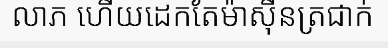
លាភ ហើយដេកតែម៉ាស៊ីនត្រជាក់